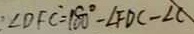
\angle D F C = 1 8 0 ^ { \circ } - \angle F D C - \angle C